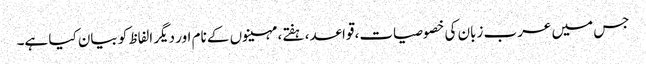
جس میں عرب زبان کی خصوصیات، قواعد، ہفتے، مہینوں کے نام اور دیگر الفاظ کو بیان کیا ہے۔